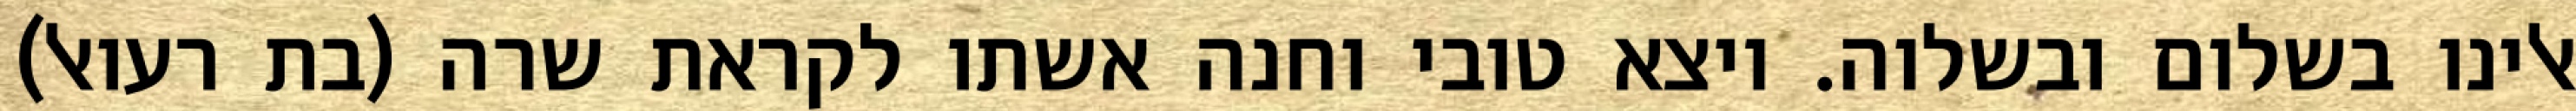
אלינו בשלום ובשלוה. ויצא טובי וחנה אשתו לקראת שרה (בת רעואל)